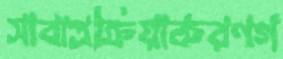
সাবাপ্রক্রিয়াকরণগ